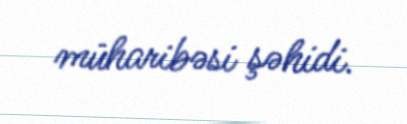
müharibəsi şəhidi.